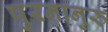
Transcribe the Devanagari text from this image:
पुरनानुरु